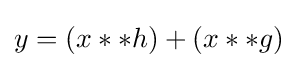
y=(x**h)+(x**g)